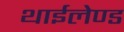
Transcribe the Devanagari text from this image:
थाईलेण्ड